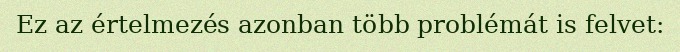
Ez az értelmezés azonban több problémát is felvet: